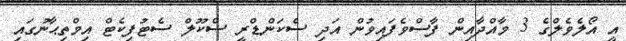
އީ އޯލެވެލްގެ 3 މާއްދާއިން ފާސްވެފައިވުން އަދި ސެކަންޑްރީ ސްކޫލް ސެޓުފިކެޓް އިމްތިޙާނުގައި